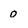
Character: 0